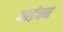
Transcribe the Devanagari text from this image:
आर्द्रवन